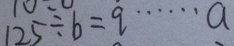
1 2 5 \div b = q \cdots a